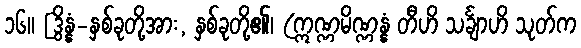
၁၆။ [ဒွိန္နံ-နှစ်ခုတို့အား, နှစ်ခုတို့၏၊ (ဣဏ္ဏမိဏ္ဏန္နံ တီဟိ သင်္ချာဟိ သုတ်က